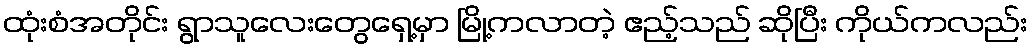
ထုံးစံအတိုင်း ရွာသူလေးတွေရှေ့မှာ မြို့ကလာတဲ့ ဧည့်သည် ဆိုပြီး ကိုယ်ကလည်း